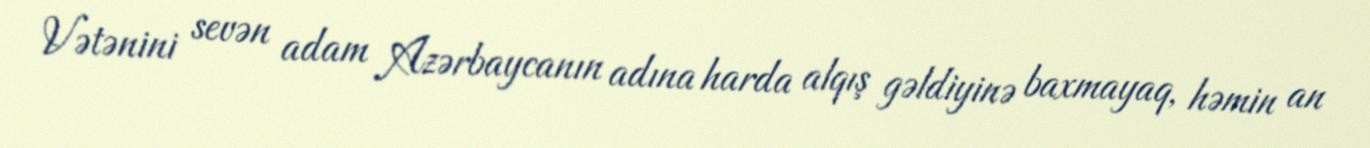
Vətənini sevən adam Azərbaycanın adına harda alqış gəldiyinə baxmayaq, həmin an